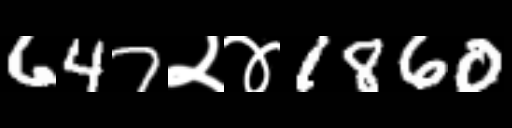
Text: 647२४1860